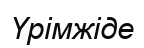
Үрімжіде